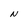
Character: N